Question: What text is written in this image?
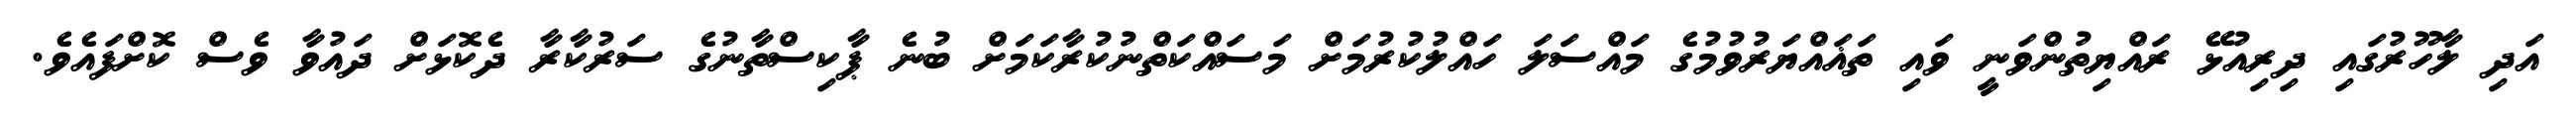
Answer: އަދި ލާހޫރުގައި ދިރިއުޅޭ ރައްޔިތުންވަނީ ވައި ތަޣައްޔަރުވުމުގެ މައްސަލަ ހައްލުކުރުމަށް މަސައްކަތްނުކުރާކަމަށް ބުނެ ޕާކިސްތާނުގެ ސަރުކާރާ ދެކޮޅަށް ދައުވާ ވެސް ކޮށްފައެވެ.